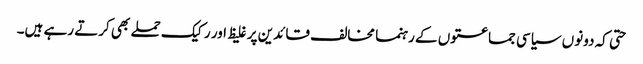
حتی کہ دونوں سیاسی جماعتوں کے رہنما مخالف قائدین پر غلیظ اور رکیک حملے بھی کرتے رہے ہیں۔